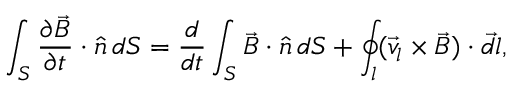
\int _ { S } \frac { \partial \vec { B } } { \partial t } \cdot \hat { n } \, d S = \frac { d } { d t } \int _ { S } \vec { B } \cdot \hat { n } \, d S + \oint _ { l } ( \vec { v } _ { l } \times \vec { B } ) \cdot \vec { d l } ,